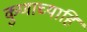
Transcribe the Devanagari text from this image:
कुणाच्याहि